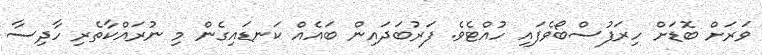
ވަރަށް ބޮޑަށް ހިރަފުސްބޯވެފައި ހުއްޓެވެ. ފަރުބަދައިން ބައެއް ކަނޑައިގެން މި ނުރައްކާތެރި ހާދިސާ